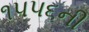
૧૫૫૬ની